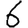
Digit: 6